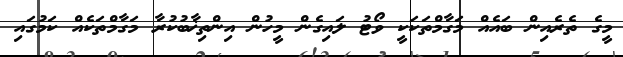
މީގެ ތެރެއިން ބައެއް މަގާމްތަކަކީ ވޯޓު ލައިގެން މީހުން އިންތިޚާބުކުރާ މަގާމްތަކެއް ކަމުގައި